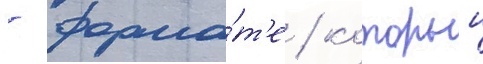
- форма́т'е / которыи